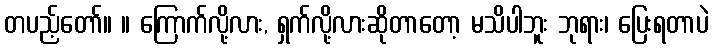
တပည့်တော်။ ။ ကြောက်လို့လား, ရှက်လို့လားဆိုတာတော့ မသိပါဘူး ဘုရား၊ ပြေးရတာပဲ